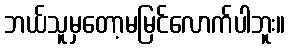
ဘယ်သူမှတော့မမြင်လောက်ပါဘူး။